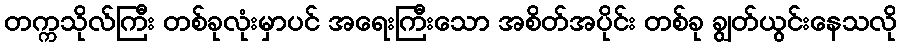
တက္ကသိုလ်ကြီး တစ်ခုလုံးမှာပင် အရေးကြီးသော အစိတ်အပိုင်း တစ်ခု ချွတ်ယွင်းနေသလို